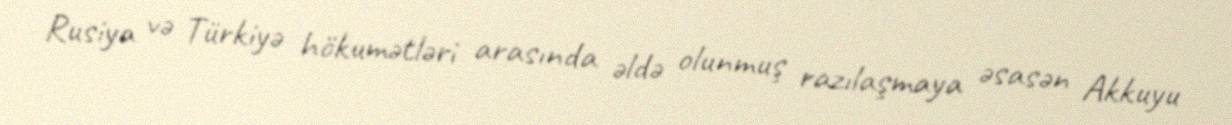
Rusiya və Türkiyə hökumətləri arasında əldə olunmuş razılaşmaya əsasən Akkuyu